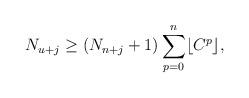
LaTeX: \begin{align*}N_{u+j} \geq (N_{n+j}+1) \sum_{p=0}^n \lfloor C^{p} \rfloor,\end{align*}